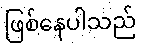
ဖြစ်နေပါသည်